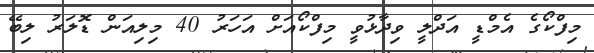
މިފްކޯގެ އެމްޑީ އަދްލީ ވިދާޅުވީ މިފްކޯއަށް އަހަރު 40 މިލިއަން ޑޮލަރު ލިބޭ